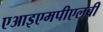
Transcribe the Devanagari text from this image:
एआइएमपीएलबी